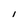
Character: I